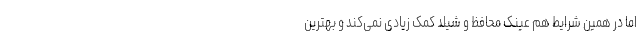
اما در همین شرایط هم عینک محافظ و شیلد کمک زیادی نمی‌کند و بهترین